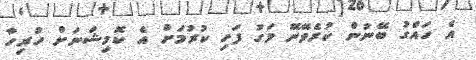
އެ ހައްގު ބޭނުން ކުރެވޭނޭ މަގު ފަހި ކުރުމަށް އެ ކޮމިޝަނަށް ހުރިހާ